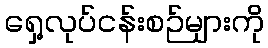
ရှေ့လုပ်ငန်းစဉ်များကို